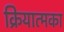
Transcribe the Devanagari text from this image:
क्रियात्मका